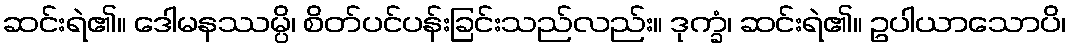
ဆင်းရဲ၏။ ဒေါမနဿမ္ပိ၊ စိတ်ပင်ပန်းခြင်းသည်လည်း။ ဒုက္ခံ၊ ဆင်းရဲ၏။ ဥပါယာသောပိ၊